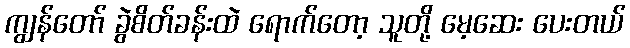
ကျွန်တော် ခွဲစိတ်ခန်းထဲ ရောက်တော့ သူတို့ မေ့ဆေး ပေးတယ်